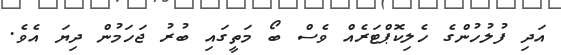
އަދި ފުލުހުންގެ ހެލިކޮޕްޓަރެއް ވެސް ބޯ މަތީގައި ބުރު ޖަހަމުން ދިޔަ އެވެ.